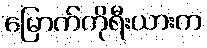
မြောက်ကိုရီးယားက